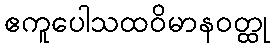
ဧကူပေါသထဝိမာနဝတ္ထု